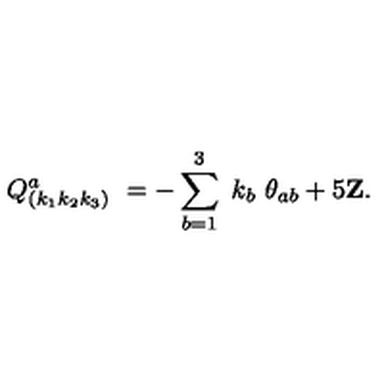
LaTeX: \ Q _ { \left( k _ { 1 } k _ { 2 } k _ { 3 } \right) } ^ { a } \ = - \sum _ { b = 1 } ^ { 3 } \ k _ { b } \ \theta _ { a b } + 5 { \bf Z } .